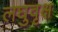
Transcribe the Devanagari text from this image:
लघुवृक्ष